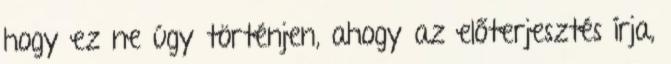
hogy ez ne úgy történjen, ahogy az előterjesztés írja,